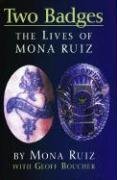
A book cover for Two Badges: The Lives of Mona Ruiz; Mona Ruiz; Biographies & Memoirs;